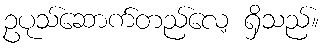
ဥပုသ်ဆောက်တည်လေ့ ရှိသည်။